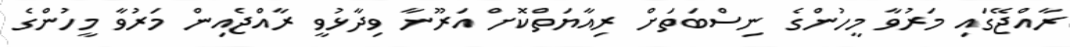
ރާއްޖޭގައި މަރުވާ މީހުންގެ ނިސްބަތަށް ރިއާޔަތްކޮށް އަރޫނާ ވިދާޅުވީ ރާއްޖެއިން މަރުވާ މީހުންގެ